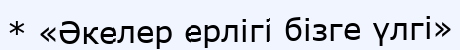
* «Әкелер ерлігі бізге үлгі»